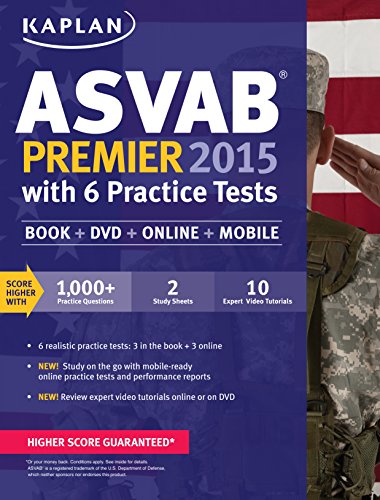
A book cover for Kaplan ASVAB Premier 2015 with 6 Practice Tests: Book + DVD + Online + Mobile (Kaplan Test Prep); Kaplan; Test Preparation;